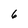
Character: 6